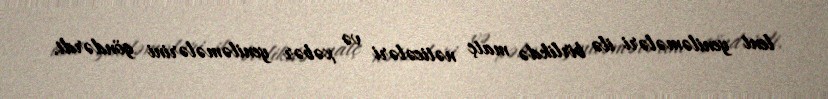
lent yeniləmələri ilə birlikdə matç nəticələri və xəbər yeniləmələrini göndərdi.